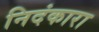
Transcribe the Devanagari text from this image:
निदंकारा